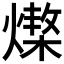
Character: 𤏆